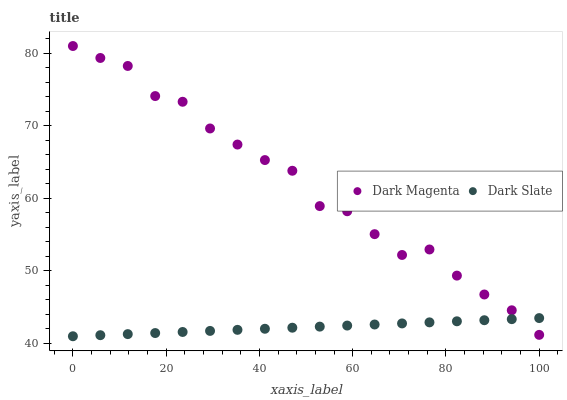
| xaxis_label | Dark Magenta | Dark Slate |
 | --- | --- | --- |
 | 0 | 81 | 41 |
 | 5.88 | 79.4 | 41.1 |
 | 11.8 | 78.3 | 41.3 |
 | 17.6 | 74.1 | 41.4 |
 | 23.5 | 73.3 | 41.6 |
 | 29.4 | 69.6 | 41.7 |
 | 35.3 | 67.4 | 41.9 |
 | 41.2 | 65.3 | 42 |
 | 47.1 | 63.8 | 42.2 |
 | 52.9 | 58.9 | 42.3 |
 | 58.8 | 58.2 | 42.5 |
 | 64.7 | 55.1 | 42.6 |
 | 70.6 | 52.2 | 42.8 |
 | 76.5 | 53 | 42.9 |
 | 82.4 | 49.4 | 43.1 |
 | 88.2 | 46.8 | 43.2 |
 | 94.1 | 44.6 | 43.4 |
 | 100 | 41.2 | 43.5 |